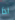
اذا